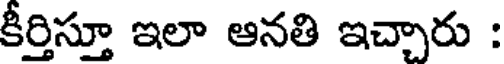
కీర్తిస్తూ ఇలా ఆనతి ఇచ్చారు :